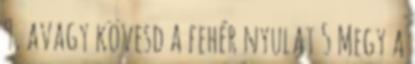
9, avagy kövesd a fehér nyulat 5 Megy a